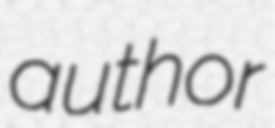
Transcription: author